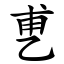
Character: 乶